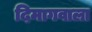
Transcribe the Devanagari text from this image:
दिमागवाला